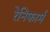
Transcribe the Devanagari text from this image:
रेनिफार्म